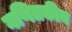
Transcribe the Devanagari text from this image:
गणितकीय